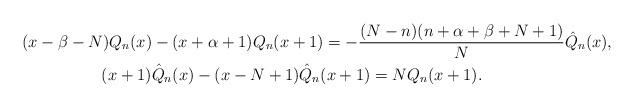
LaTeX: \begin{gather*} (x-\beta-N) Q_n(x) - (x+\alpha+1) Q_n(x+1) =- \frac{(N-n)(n+\alpha+\beta+N+1)}{N} \hat Q_{n}(x), \\ (x+1) \hat Q_{n}(x) -(x-N+1) \hat Q_{n}(x+1) = N Q_n(x+1).\end{gather*}